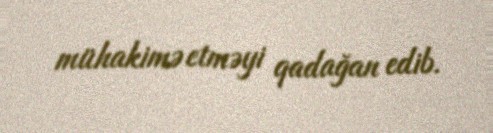
mühakimə etməyi qadağan edib.